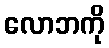
လောဘကို